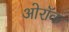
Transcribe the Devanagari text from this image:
ओरॉक